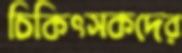
চিকিৎসকদের